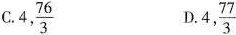
C. 4, \frac{76}{3} D. 4, \frac{77}{3}